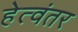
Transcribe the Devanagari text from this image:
हेत्वंतर